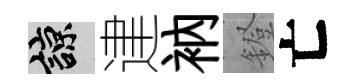
諒䢖衲鐙亡